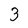
Character: 3